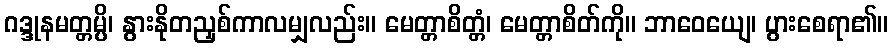
ဂဒ္ဒုနမတ္တမ္ပိ၊ နွားနိုတညှစ်ကာလမျှလည်း။ မေတ္တာစိတ္တံ၊ မေတ္တာစိတ်ကို။ ဘာဝေယျေ၊ ပွားစေရာ၏။